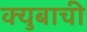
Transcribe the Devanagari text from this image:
क्युबाची